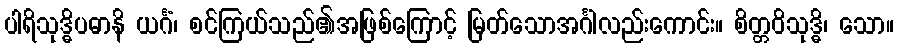
ပါရိသုဒ္ဓိပဓာနိ ယင်္ဂံ၊ စင်ကြယ်သည်၏အဖြစ်ကြောင့် မြတ်သောအင်္ဂါလည်းကောင်း။ စိတ္တဝိသုဒ္ဓိ၊ သော။